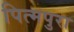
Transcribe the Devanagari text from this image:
पित्मपुरा